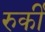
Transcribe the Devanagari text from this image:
रुर्की